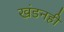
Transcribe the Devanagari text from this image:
खंडनही